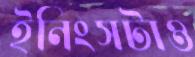
ইনিংসটাও